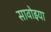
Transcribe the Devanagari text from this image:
सावोइया